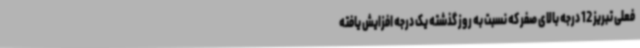
فعلی تبریز 12 درجه بالای صفر که نسبت به روز گذشته یک درجه افزایش یافته